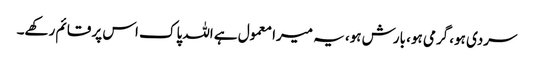
سردی ہو، گرمی ہو، بارش ہو، یہ میرا معمول ہے اللہ پاک اس پر قائم رکھے۔